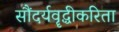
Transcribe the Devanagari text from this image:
सौंदर्यवॄद्धीकरिता